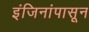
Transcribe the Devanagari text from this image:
इंजिनांपासून